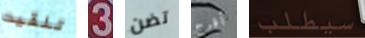
تلقيت 3 تضن أفرج سيطلب